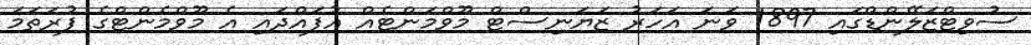
ސުވިޓްޒަލޭންޑްގައި 1897 ވަނަ އަހަރު ޒަޔަނިސްޓް މޫވްމަންޓެއް އުފައްދައި އެ މޫވްމެންޓްގެ ފުރަތަމަ